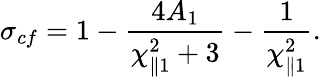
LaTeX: \sigma_{cf}=1-\frac{4A_{1}}{\chi_{\parallel 1}^{2}+3}-\frac{1}{\chi_{\parallel 1}^{2}}.